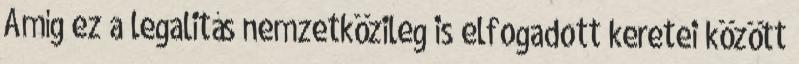
Amíg ez a legalitás nemzetközileg is elfogadott keretei között